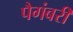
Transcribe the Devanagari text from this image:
पैगंबरी